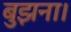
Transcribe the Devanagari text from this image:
बुझना।